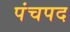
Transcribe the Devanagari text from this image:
पंचपद